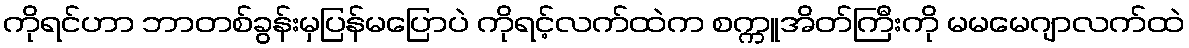
ကိုရင်ဟာ ဘာတစ်ခွန်းမှပြန်မပြောပဲ ကိုရင့်လက်ထဲက စက္ကူအိတ်ကြီးကို မမမေဂျာလက်ထဲ